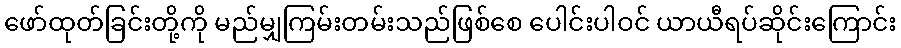
ဖော်ထုတ်ခြင်းတို့ကို မည်မျှကြမ်းတမ်းသည်ဖြစ်စေ ပေါင်းပါဝင် ယာယီရပ်ဆိုင်းကြောင်း